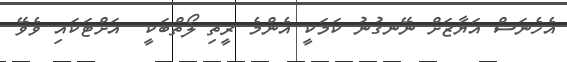
އެހެނަސް އަޔާޒަށް ނޭނގުނު ކަމަކީ އެންމެ ރީތި ލޯތްބަކީ  އަށްޓަކައި ވެވޭ